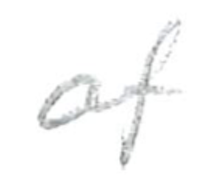
Text: of
Cross-out: clean
Writing tool: pencil